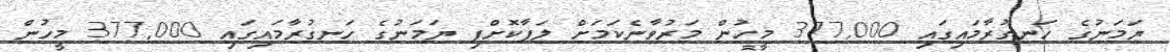
ޔަމަނުގެ ހަނގުރާމައިގައި 377